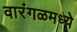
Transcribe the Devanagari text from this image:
वारंगळमध्ये